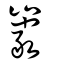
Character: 巗